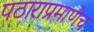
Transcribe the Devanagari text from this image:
पठाराप्रमाणेच